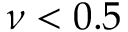
\nu < 0 . 5